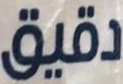
دقيق